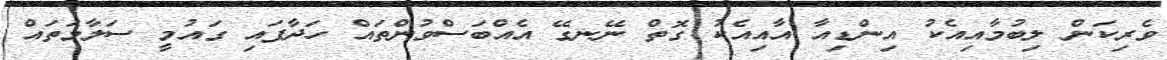
ވެރިކަން ލިބުމާއިއެކު އިންޑިއާ އާއިއެކު ގޮތް ނޭނގޭ އެއްބަސްވުންތައް ހަދާފައި ގައުމީ ސަލާމަތައް